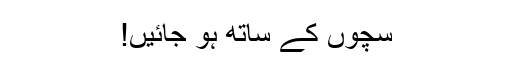
سچوں کے ساتھ ہو جائیں!